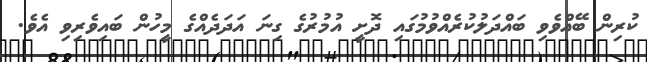
ކުރިން ބޭއްވެވި ބައްދަލުކުރެއްވުމުގައި ދޮށީ އުމުރުގެ ގިނަ އަދަދެއްގެ މީހުން ބައިވެރިވި އެވެ.